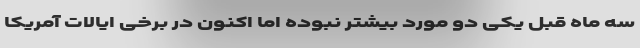
سه ماه قبل یکی دو مورد بیشتر نبوده اما اکنون در برخی ایالات آمریکا